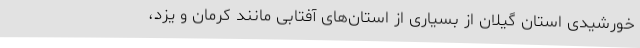
خورشیدی استان گیلان از بسیاری از استان‌های آفتابی مانند کرمان و یزد،